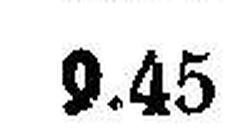
9.45